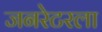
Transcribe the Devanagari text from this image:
जनरेटरला